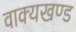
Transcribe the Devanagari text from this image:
वाक्यखण्ड